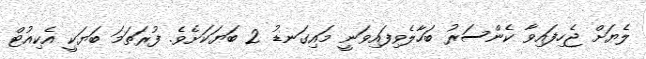
ލެޔަށް ޖެހިފައިވާ ކެންސަރު ބަހާލެވިފައިވަނީ މައިގަނޑު 2 ބަޔަކަށެވެ. ފުރަތަމަ ބަޔަކީ އެކިއުޓް